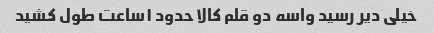
خیلی دیر رسید واسه دو قلم کالا حدود ۱ساعت طول کشید